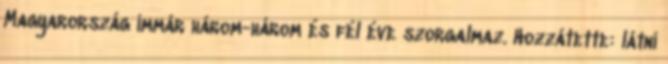
Magyarország immár három-három és fél éve szorgalmaz. Hozzátette: látni